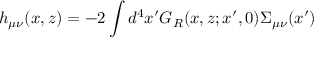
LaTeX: h _ { \mu \nu } ( x , z ) = - 2 \int d ^ { 4 } x ^ { \prime } G _ { R } ( x , z ; x ^ { \prime } , 0 ) \Sigma _ { \mu \nu } ( x ^ { \prime } )